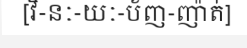
[វិ-នៈ-យៈ-ប័ញ-ញ៉ាត់]